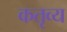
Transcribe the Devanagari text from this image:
कतृव्य